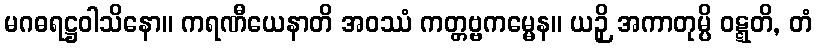
မဂဓရဋ္ဌဝါသိနော။ ကရဏီယေနာတိ အဝဿံ ကတ္တဗ္ဗကမ္မေန။ ယဉှိ အကာတုမ္ပိ ဝဋ္ဋတိ, တံ